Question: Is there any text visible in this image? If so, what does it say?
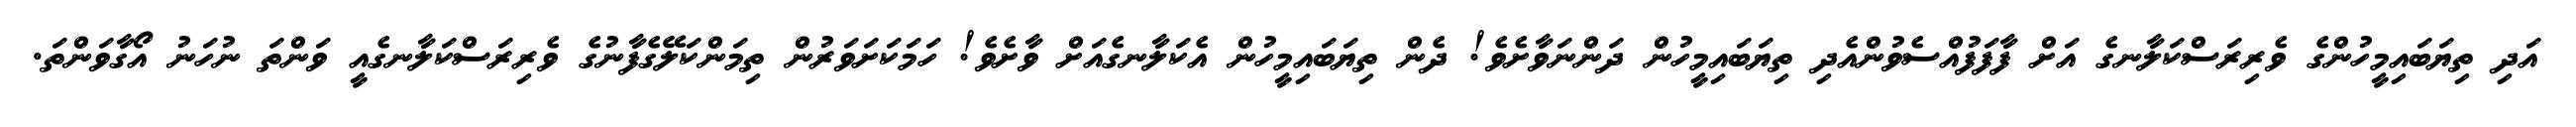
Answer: އަދި ތިޔަބައިމީހުންގެ ވެރިރަސްކަލާނގެ އަށް ފާފަފުއްސެވުންއެދި ތިޔަބައިމީހުން ދަންނަވާށެވެ! ދެން ތިޔަބައިމީހުން އެކަލާނގެއަށް ވާށެވެ! ހަމަކަށަވަރުން ތިމަންކަލޭގެފާނުގެ ވެރިރަސްކަލާނގެއީ ވަންތަ ނުހަނު އޯގާވަންތަ.